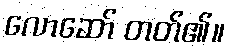
လောဆော် တတ်၏။